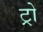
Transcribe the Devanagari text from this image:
ट्रो